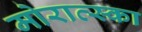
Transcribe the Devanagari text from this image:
मोराव्स्का